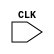
`timescale 1ns / 1ps
//////////////////////////////////////////////////////////////////////////////////
// Company: 
// Engineer: 
// 
// Design Name: 
// Module Name: Test_LRU
// Project Name: 
// Target Devices: 
// Tool Versions: 
// Description: 
// 
// Dependencies: 
// 
// Revision:
// Revision 0.01 - File Created
// Additional Comments:
// 
//////////////////////////////////////////////////////////////////////////////////


module Test_LRU(
    input CLK
    );
endmodule